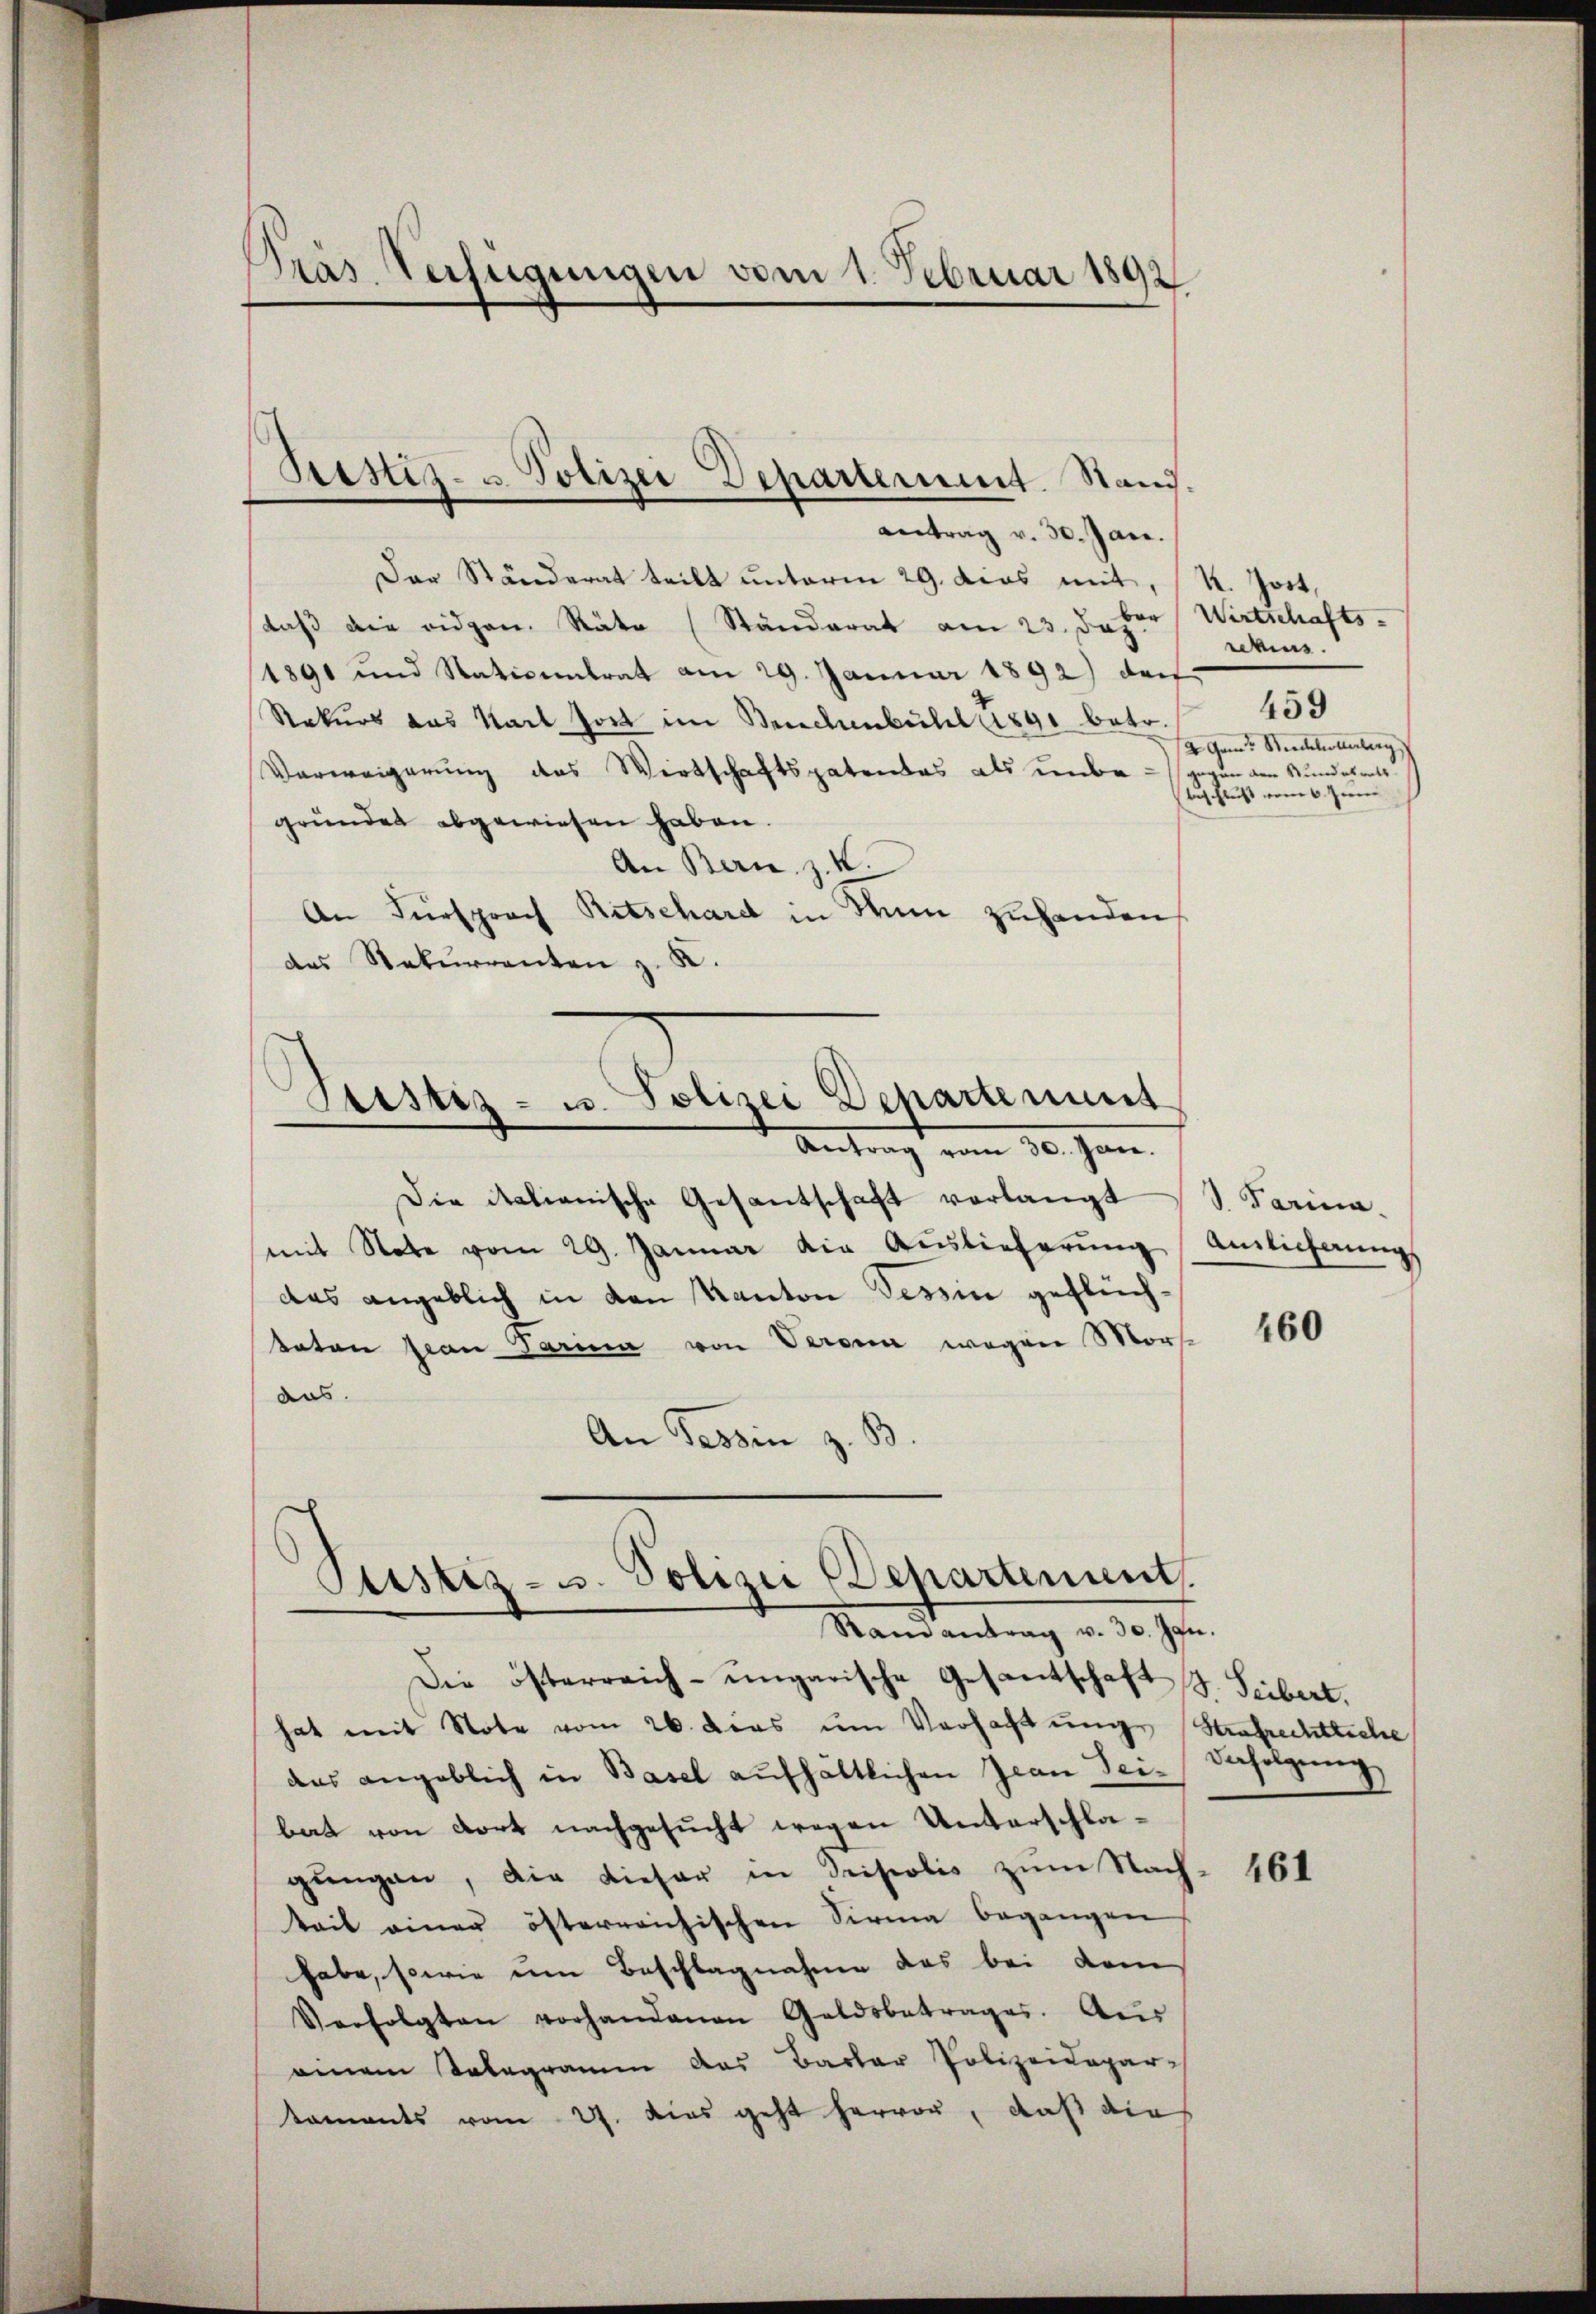
Pras Verfügungen vom 1. Februar 1892

antrag v. 30. Jan.
Das Ständerat teilt unterm 29. dies mit, K. Jost,
daß die eidgen. Räte (Ständerat am 23. Jahr Wirtschafts-
1891 und Nationalrat am 29. Januar 1892) da
Rekurs das Karl Jost im Bruchenbühl 1891 betr.
Verweigerung des Wirtschaftspatendas als unbegegen den Kundesrats
gründet abgewiesen haben.
An Bern, z. K.
An Fürsprach Ritschardt in Mann zuhanden
des Rekurrenten z. K.

Sistiz- u. Polizei Departement. Stand.

Antrag vom 30. Jan.
Die italianische Gesantschaft verlangt S. Parina.
mit Note vom 29. Januar die Auslieferŭng
das angeblich in den Kanton Tessin geflüchtaten Jean Parina von Verona wegen Mors
aus.
An Tessin z. B.
Die österreich-ungarische Gesandtschaft S. Seibert.
hat mit Note vom 26. dies ŭm Verfachtŭngs Strafrechtliche
aas angeblich in Basel aufhältlichen Jean Tei-
bat von dort nachgesucht wegen Unterschlagŭngen, die dieser in Tristolis zŭm Nach-
teit einer österreichischen Sirma begangen
habe, sowie eine Beschlagnahme das bei dem
Verfolgten vorhandenen Geldsbetrages. Aŭs
einem Telegramm das Basler Polizeidepar
kaments vom 27. dies geht hervor, daß die

Stistiz- u. Polizei Departement

Ptistiz- u. Polizei Departement
Randantrag v. 30. Jan.

schens.
459
2 Gam. Niedellerberg
Auschluß vom 6. Juni

Anticherung

460

Befolgung

461